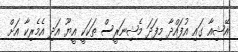
އޭޝިއާ ގައި އުފައްދާ މިފަދަ މެޝިނަރީސް ތަކަކީ އީޔޫ އަދި އެމެރިކާ އަށް